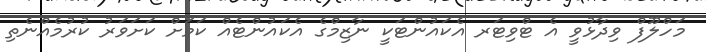
މަހްލޫފް ވިދާޅުވީ އެ ޓްވިޓަރ އެކައުންޓަކީ ނާޒިމްގެ އެކައުންޓެއް ކަމަށް ކަށަވަރު ކުރުމެއްނެތި